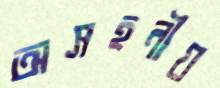
অসহনীয়